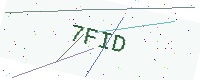
Text: 7FID